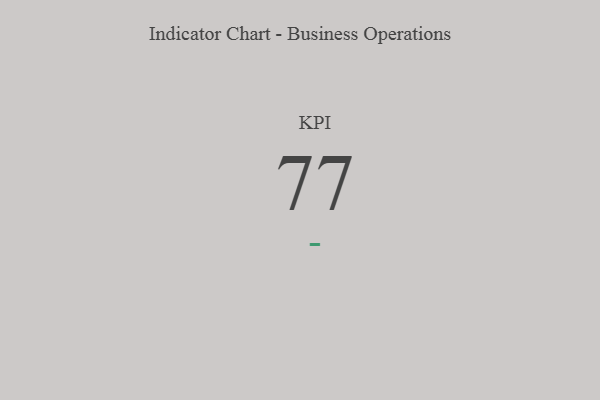
{"axis": {"x": "KPI", "y": "Value"}, "legend": [""], "data": [{"x": "KPI", "y": 77, "type": ""}]}